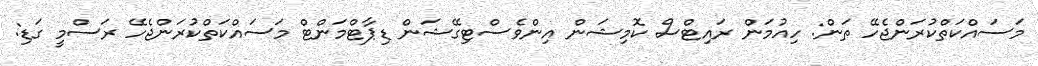
މަސައްކަތްކުރަންޖެހޭ ތަން: ހިއުމަން ރައިޓްސް ކޮމިޝަން އިންވެސްޓިގޭޝަން ޑިޕާޓްމަންޓް މަސައްކަތްކުރަންޖެހޭ ރަސްމީ ގަޑި: